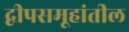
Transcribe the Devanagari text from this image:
द्वीपसमूहांतील